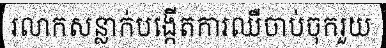
រលាកសន្លាក់បង្កើតការឈឺចាប់ចុករួយ